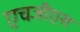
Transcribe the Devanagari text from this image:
एचजीएस